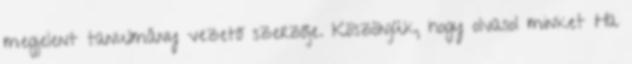
megjelent tanulmány vezető szerzője. Köszönjük, hogy olvasol minket Ha